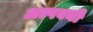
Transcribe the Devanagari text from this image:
अल्पवयी